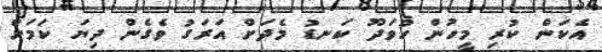
އެކަން ކުރި މީހުން ހުވަދޫ ކަނޑު މެދަަށް އަރަގު ވެގެން ދިޔަ ކަމަށް